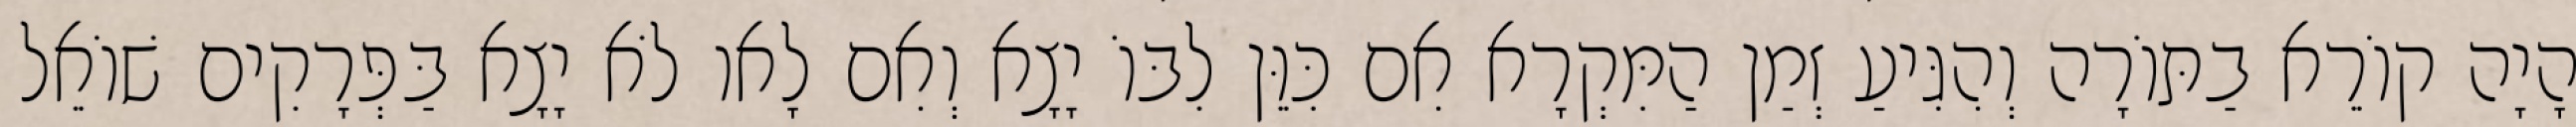
הָיָה קוֹרֵא בַתּוֹרָה וְהִגִּיעַ זְמַן הַמִּקְרָא אִם כִּוֵּן לִבּוֹ יָצָא וְאִם לָאו לֹא יָצָא בַּפְּרָקִים שׁוֹאֵל